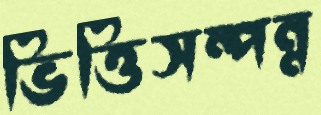
ভিত্তিসম্পন্ন